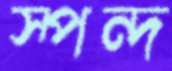
স্পন্দ